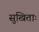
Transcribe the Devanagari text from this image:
सुखिताः